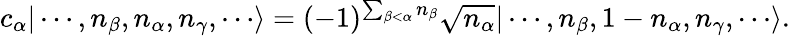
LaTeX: c_{\alpha}|\cdots,n_{\beta},n_{\alpha},n_{\gamma},\cdots\rangle=(-1)^{\sum_{\beta<\alpha}n_{\beta}}{\sqrt{n_{\alpha}}}|\cdots,n_{\beta},1-n_{\alpha},n_{\gamma},\cdots\rangle.